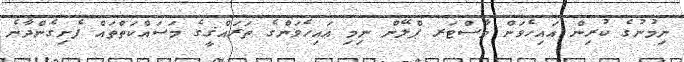
ނިމުނުގެ ކުރިން އައިހެވަން މާސްޓަރ ޕްލޭން ނިމި އައިހެވަންގެ ތަރައްޤީގެ މަސައްކަތްތައް ފެށިގެންދާނެ